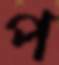
প